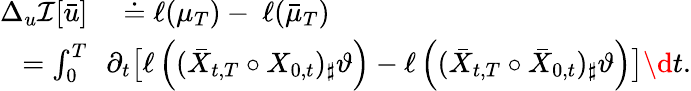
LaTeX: \begin{array}{rl}{\Delta_{u}\mathcal I[\bar{u}]}&{{}\doteq\ell(\mu_{T})-\ \ell(\bar{\mu}_{T})}\\ {=\int_{0}^{T}}&{{}\! \! \partial_{t}\big[\ell\left((\bar{X}_{t,T}\circ X_{0,t})_{\sharp}\vartheta\right)-\ell\left((\bar{X}_{t,T}\circ\bar{X}_{0,t})_{\sharp}\vartheta\right)\big]\d t.}\end{array}